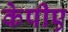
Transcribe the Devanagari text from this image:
केपीए